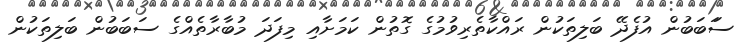
ސަަބަބުން އުފެދޭ ބަލިތަކުން ރައްކާތެރިވުމުގެ ގޮތުން ކަމަށާއި މިފަދަ މުބާރާތެއްގެ ސަބަބުން ބަލިތަކުން